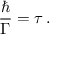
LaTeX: \frac { \hbar } { \Gamma } = \tau \, .